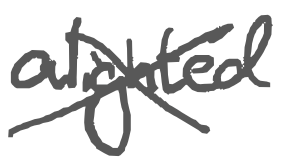
Text: alighted
Cross-out: cross
Writing tool: digital_gray